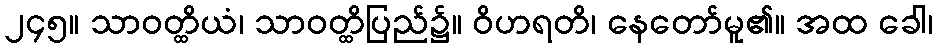
၂၄၅။ သာဝတ္ထိယံ၊ သာဝတ္ထိပြည်၌။ ဝိဟရတိ၊ နေတော်မူ၏။ အထ ခေါ၊